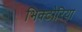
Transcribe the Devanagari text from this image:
भिक्टोरिया